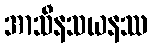
အာသီနသယနဿ